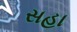
સહા